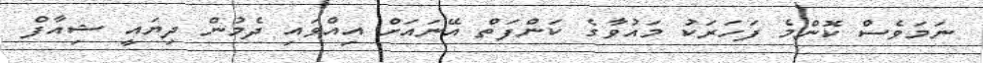
ނަމަވެސް ކޮންމެ ފަހަރަކު މައުވާގެ ކަންފަތް އޭނައަށް އިއްވައި ދެމުން ދިޔައީ ޝިއާފް